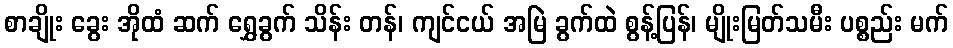
စာချိုး ခွေး အိုထံ ဆက် ရွှေခွက် သိန်း တန်၊ ကျင်ငယ် အမြဲ ခွက်ထဲ စွန့်ပြန်၊ မျိုးမြတ်သမီး ပစ္စည်း မက်